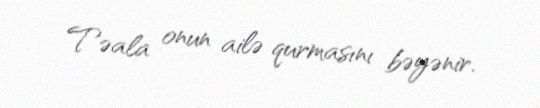
Təala onun ailə qurmasını bəyənir.